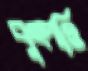
বুৎপত্তি